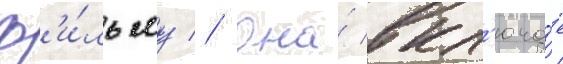
ф'и́льму // Она́ вкл'юча́ет